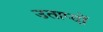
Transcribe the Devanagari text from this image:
उताप्दों